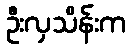
ဦးလှသိန်းက